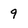
Character: 9